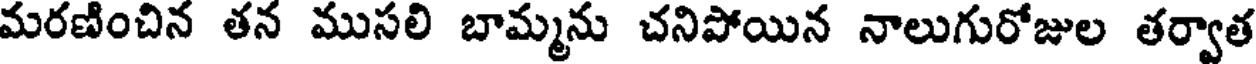
మరణించిన తన ముసలి బామ్మను చనిపోయిన నాలుగురోజుల తర్వాత